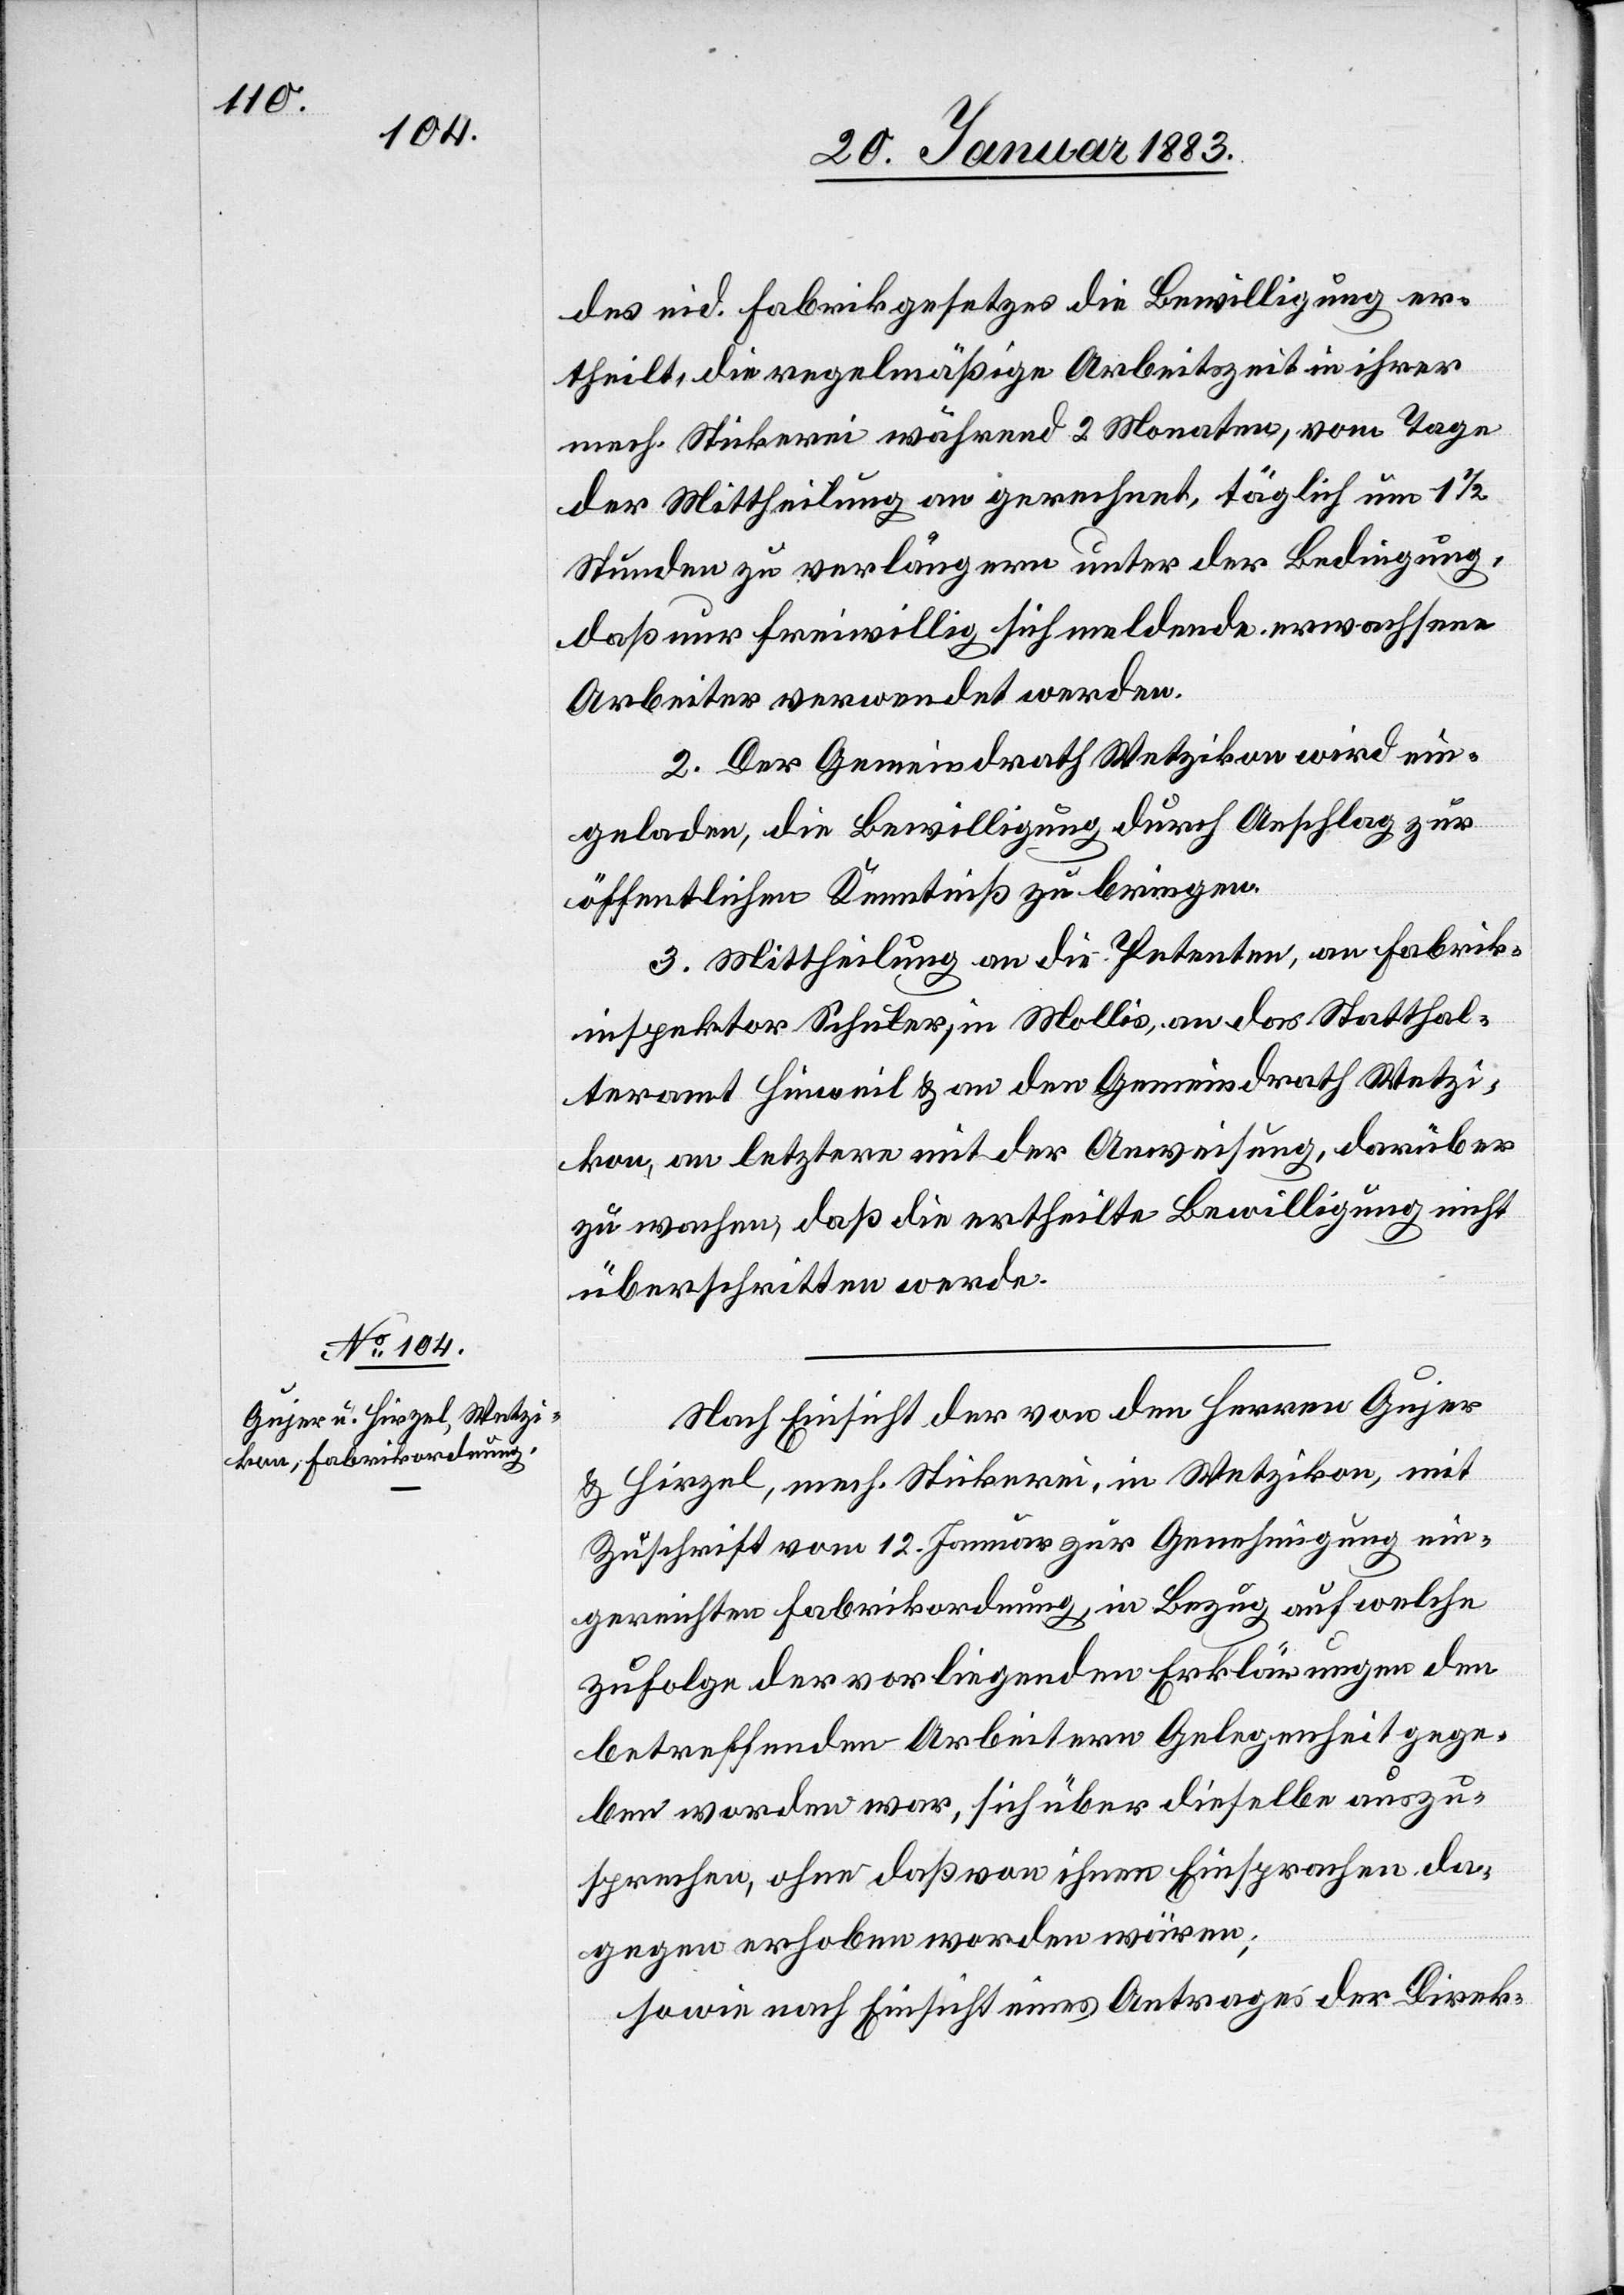
des eid. Fabrikgesetzes die Bewilligung er¬
theilt, die regelmäßige Arbeitszeit in ihrer
mech. Stickerei während 2 Monaten, vom Tage
der Mittheilung an gerechnet, täglich um 1 1/2
Stunden zu verlängern unter der Bedingung,
daß nur freiwillig sich meldende, erwachsene
Arbeiter verwendet werden.
2. Der Gemeindrath Wetzikon wird ein¬
geladen, die Bewilligung durch Anschlag zur
öffentlichen Kenntniß zu bringen.
3. Mittheilung an die Petenten, an Fabrik¬
inspektor Schuler, in Mollis, an das Statthal¬
teramt Hinweil & an den Gemeindrath Wetzi¬
kon, an letztern mit der Anweisung, darüber
zu wachen, daß die ertheilte Bewilligung nicht
überschritten werde.
Nach Einsicht der von den Herren Gujer
& Hirzel, mech. Stickerei, in Wetzikon, mit
Zuschrift vom 12. Januar zur Genehmigung ein¬
gereichten Fabrikordnung, in Bezug auf welche
zufolge der vorliegenden Erklärungen den
betreffenden Arbeitern Gelegenheit gege¬
ben worden war, sich über dieselbe auszu¬
sprechen, ohne daß von ihnen Einsprachen da¬
gegen erhoben worden wären;
sowie nach Einsicht eines Antrages der Direk-